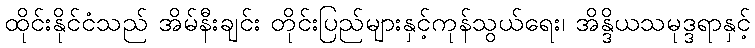
ထိုင်းနိုင်ငံသည် အိမ်နီးချင်း တိုင်းပြည်များနှင့်ကုန်သွယ်ရေး၊ အိန္ဒိယသမုဒ္ဒရာနှင့်